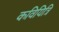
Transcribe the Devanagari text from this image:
कवियित्रि